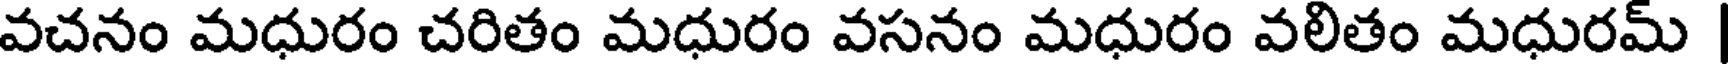
వచనం మధురం చరితం మధురం వసనం మధురం వలితం మధురమ్